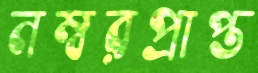
নম্বরপ্রাপ্ত